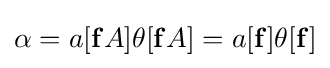
\alpha =a[\mathbf {f} A]\theta [\mathbf {f} A]=a[\mathbf {f} ]\theta [\mathbf {f} ]